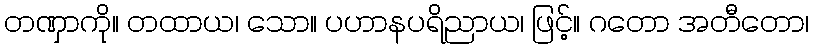
တဏှာကို။ တထာယ၊ သော။ ပဟာနပရိညာယ၊ ဖြင့်။ ဂတော အတီတော၊